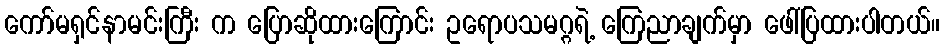
ကော်မရှင်နာမင်းကြီး က ပြောဆိုထားကြောင်း ဥရောပသမဂ္ဂရဲ့ ကြေညာချက်မှာ ဖေါ်ပြထားပါတယ်။